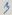
Text: 3